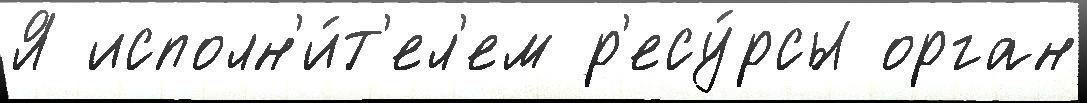
Я исполн'и́т'ел'ем р'есу́рсы орган